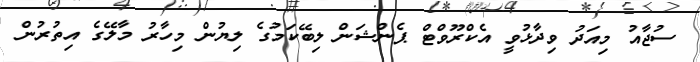
ސުޖާއު މިއަދު ވިދާޅުވީ އެކްރޫވްޓް ޕެންޝަން ލިބޭކަމުގެ ލިޔުން މިހާރު މާލޭގެ އިތުރުން